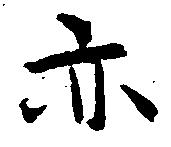
亦